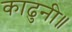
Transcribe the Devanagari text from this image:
काढुनी॥